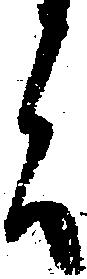
言